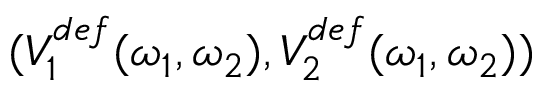
( V _ { 1 } ^ { d e f } ( \omega _ { 1 } , \omega _ { 2 } ) , V _ { 2 } ^ { d e f } ( \omega _ { 1 } , \omega _ { 2 } ) )